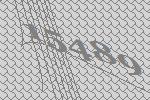
15489